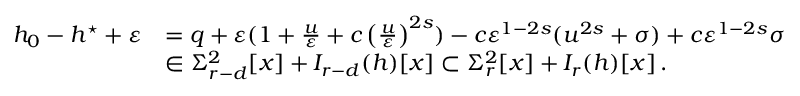
\begin{array} { r l } { h _ { 0 } - h ^ { \star } + \varepsilon } & { = q + \varepsilon ( 1 + \frac { u } { \varepsilon } + c \left( \frac { u } { \varepsilon } \right) ^ { 2 s } ) - c \varepsilon ^ { 1 - 2 s } ( u ^ { 2 s } + \sigma ) + c \varepsilon ^ { 1 - 2 s } \sigma } \\ & { \in \Sigma _ { r - d } ^ { 2 } [ x ] + I _ { r - d } ( h ) [ x ] \subset \Sigma _ { r } ^ { 2 } [ x ] + I _ { r } ( h ) [ x ] \, . } \end{array}